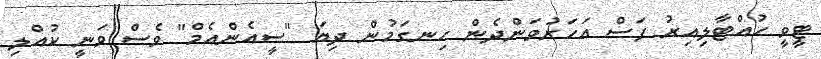
ޓީވީ ހުއްޓާލިއިރު ފަސް އަހަރުވަންދެން ހިނގަމުން ދިޔަ "ސީއެންއެމް" ވެސް ވަނީ ކުއްލި